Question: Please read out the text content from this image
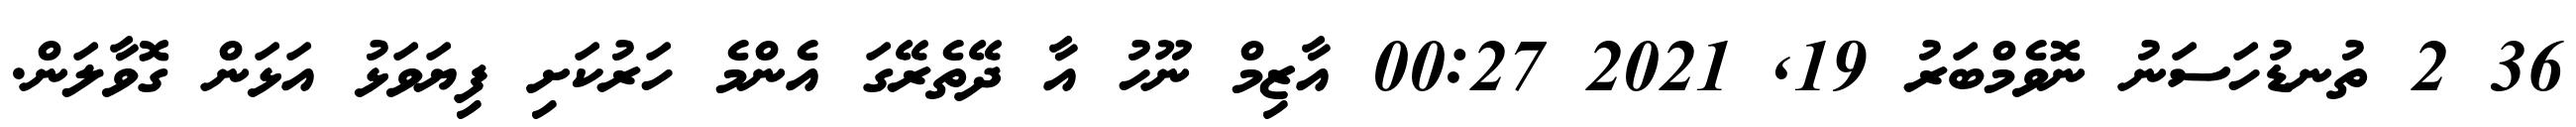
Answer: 36 2 ތުނޑުހަސަނު ނޮވެމްބަރު 19, 2021 00:27 އާޒިމް ނޫހު އާ ދޭތެރޭގަ އެންމެ ހަރުކަށި ފިޔަވަޅު އަޅަން ގޮވާލަން.